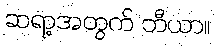
ဆရာ့အတွက် ဘီယာ။